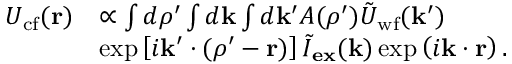
\begin{array} { r l } { U _ { \mathrm { c f } } ( \mathbf { r } ) } & { \propto \int d \boldsymbol { \rho } ^ { \prime } \int d \mathbf { k } \int d \mathbf { k } ^ { \prime } A ( \boldsymbol { \rho } ^ { \prime } ) \tilde { U } _ { \mathrm { w f } } ( \mathbf { k } ^ { \prime } ) } \\ & { \exp \left[ i \mathbf { k } ^ { \prime } \cdot ( \boldsymbol { \rho } ^ { \prime } - \mathbf { r } ) \right] \tilde { I } _ { \mathbf { e x } } ( \mathbf { k } ) \exp \left( i \mathbf { k } \cdot \mathbf { r } \right) . } \end{array}